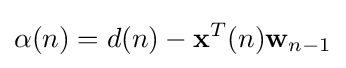
\alpha (n)=d(n)-\mathbf {x} ^{T}(n)\mathbf {w} _{n-1}